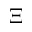
\Xi